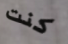
كنت